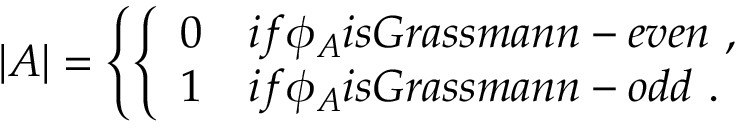
| A | = \left\{ \left\{ \begin{array} { l l } { { 0 } } & { { i f \phi _ { A } i s G r a s s m a n n - e v e n \ , } } \\ { { 1 } } & { { i f \phi _ { A } i s G r a s s m a n n - o d d \ . } } \end{array} \right. \right.